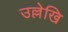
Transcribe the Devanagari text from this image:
उल्लेखि